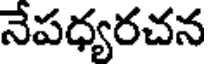
నేపధ్యరచన